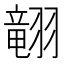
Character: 𱻢